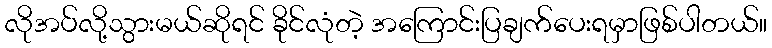
လိုအပ်လို့သွားမယ်ဆိုရင် ခိုင်လုံတဲ့ အကြောင်းပြချက်ပေးရမှာဖြစ်ပါတယ်။